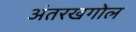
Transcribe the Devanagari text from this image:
अंतरखगोल